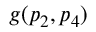
g ( p _ { 2 } , p _ { 4 } )